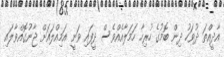
އާދީއްތަ ދުވަހު ދިން ބޮމުގެ ހުރިހާ ހަމަލާއެއްވެސް ދީފައި ވަނީ އަމިއްލައަށް ޖާނުގޮއްވާލައި